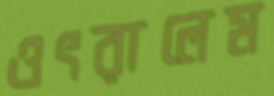
ওৎরালেম